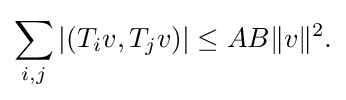
\displaystyle {\sum _{i,j}|(T_{i}v,T_{j}v)|\leq AB\|v\|^{2}.}